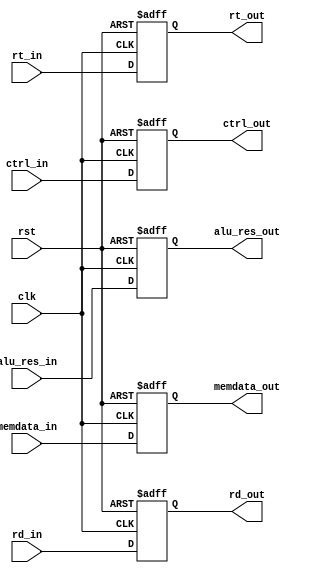
`timescale 1ns / 1ps
//////////////////////////////////////////////////////////////////////////////////
// Company: 
// Engineer: 
// 
// Design Name: 
// Module Name:    MEM_WB 
// Project Name: 
// Target Devices: 
// Tool versions: 
// Description: 
//
// Dependencies: 
//
// Revision: 
// Revision 0.01 - File Created
// Additional Comments: 
//
//////////////////////////////////////////////////////////////////////////////////
module MEM_WB(
input wire clk,
input wire rst,
input wire[4:0]rt_in,rd_in,
output wire[4:0]rt_out,rd_out,
input wire[2:0]ctrl_in,
output wire[2:0]ctrl_out,
input wire[31:0]alu_res_in,memdata_in,
output wire[31:0]alu_res_out,memdata_out
    );
	reg [4:0]rt,rd;
	reg [2:0]ctrl;
	reg [31:0]alu_res,memdata;
	
	initial begin ctrl=0; alu_res=0; memdata=0; rt=0; rd=0;	end
	
	always @(posedge clk or posedge rst) begin
		if(rst) begin
			rt=0;
			rd=0;
			ctrl=0;
			alu_res=0;
			memdata=0;
		end
		else begin
			ctrl=ctrl_in[2:0];
			rt=rt_in;
			rd=rd_in;
			alu_res=alu_res_in;
			memdata=memdata_in;
		end
	end
	
	assign rt_out=rt;
	assign rd_out=rd;
	assign ctrl_out=ctrl;
	assign alu_res_out=alu_res;
	assign memdata_out=memdata;
endmodule